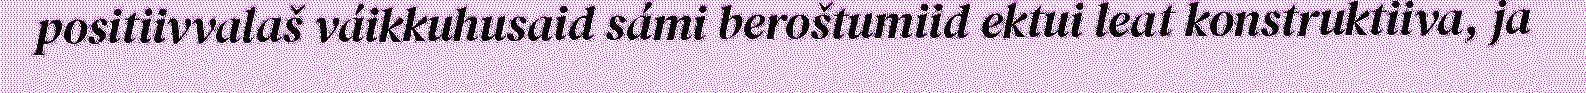
positiivvalaš váikkuhusaid sámi beroštumiid ektui leat konstruktiiva, ja